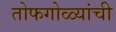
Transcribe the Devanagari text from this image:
तोफगोळ्यांची